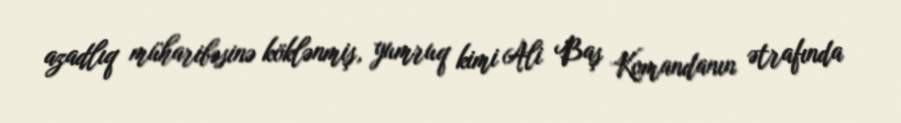
azadlıq müharibəsinə köklənmiş, yumruq kimi Ali Baş Komandanın ətrafında